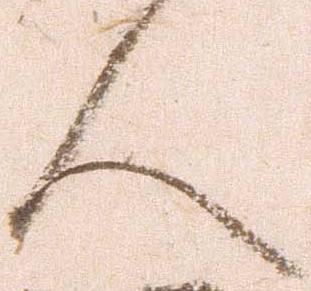
人